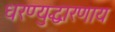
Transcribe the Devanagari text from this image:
धरण्युद्धारणाय